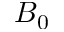
B _ { 0 }